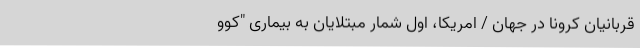
قربانیان کرونا در جهان / امریکا، اول شمار مبتلایان به بیماری "کوو